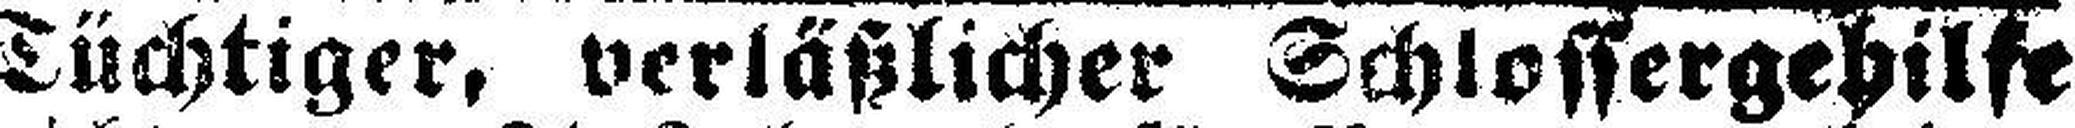
Tüchtiger, verläßlicher Schlossergehilfe